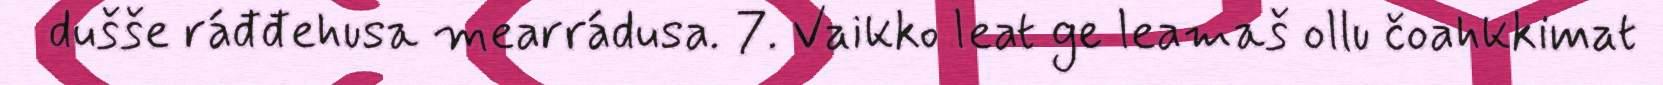
dušše ráđđehusa mearrádusa. 7. Vaikko leat ge leamaš ollu čoahkkimat